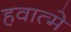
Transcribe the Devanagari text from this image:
हवात्मे